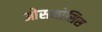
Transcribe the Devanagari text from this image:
ओसमोसिस